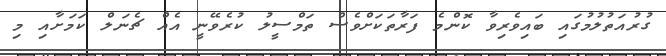
ގުރުއަތުލުމުގައި ބައިވެރިވާ ކޮންމެ ފަރާތަކަށްވެސް ތަމްސީލު ކުރެވޭނީ އެއް ޗެނަލް ކަމަށާއި މި